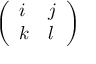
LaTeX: \left( \begin{array} { l l } { i } & { j } \\ { k } & { l } \end{array} \right)